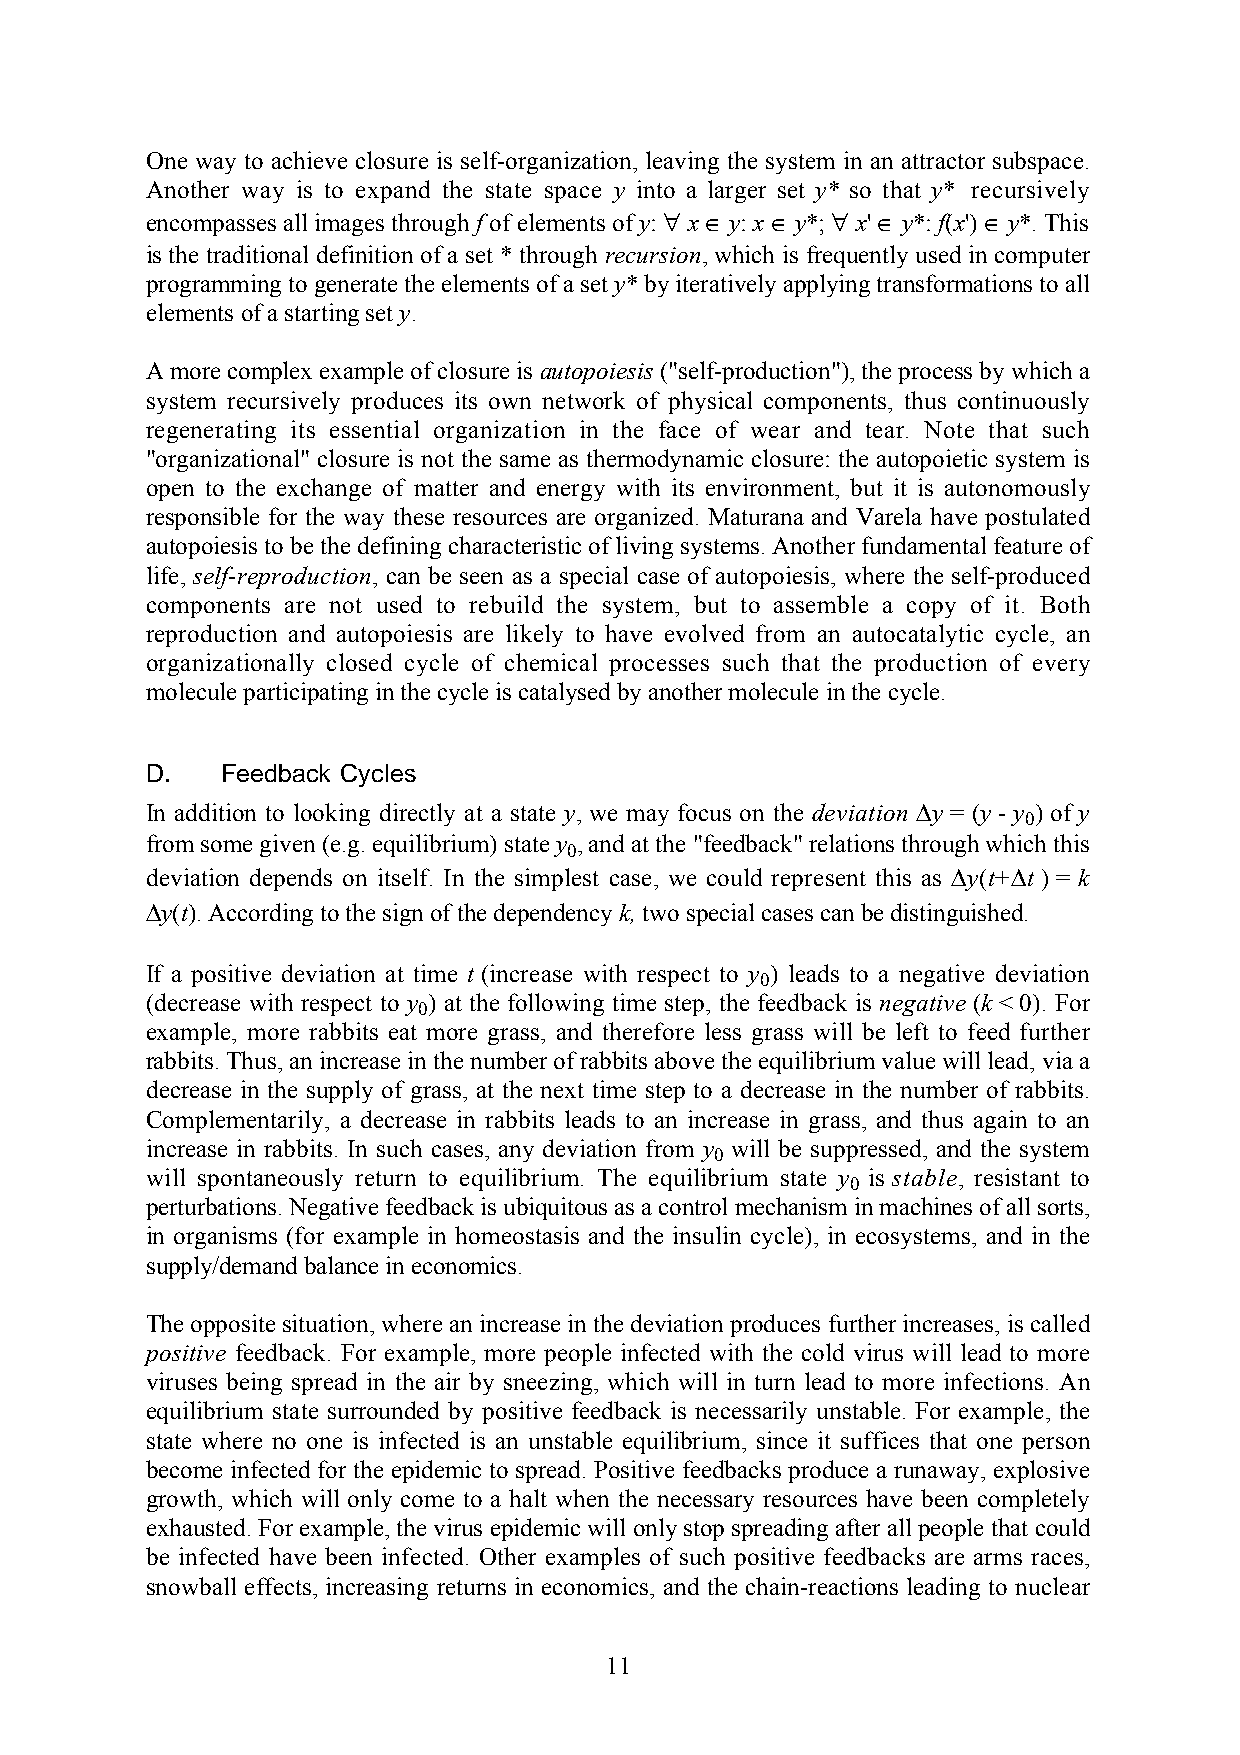
One way to achieve closure is self-organization, leaving the system in an attractor subspace.
 Another way is to expand the state space y into a larger set y* so that y* recursively
 encompasses all images through f of elements of y: ∀ x ∈ y: x ∈ y*; ∀ x' ∈ y*: f(x') ∈ y*. This
 is the traditional definition of a set * through recursion, which is frequently used in computer
 programming to generate the elements of a set y* by iteratively applying transformations to all
 elements of a starting set y.
 A more complex example of closure is autopoiesis ("self-production"), the process by which a
 system recursively produces its own network of physical components, thus continuously
 regenerating its essential organization in the face of wear and tear. Note that such
 "organizational" closure is not the same as thermodynamic closure: the autopoietic system is
 open to the exchange of matter and energy with its environment, but it is autonomously
 responsible for the way these resources are organized. Maturana and Varela have postulated
 autopoiesis to be the defining characteristic of living systems. Another fundamental feature of
 life, self-reproduction, can be seen as a special case of autopoiesis, where the self-produced
 components are not used to rebuild the system, but to assemble a copy of it. Both
 reproduction and autopoiesis are likely to have evolved from an autocatalytic cycle, an
 organizationally closed cycle of chemical processes such that the production of every
 molecule participating in the cycle is catalysed by another molecule in the cycle.
 D.   Feedback Cycles
 In addition to looking directly at a state y, we may focus on the deviation ∆y = (y - y ) of y
 0
 from some given (e.g. equilibrium) state y , and at the "feedback" relations through which this
 0
 deviation depends on itself. In the simplest case, we could represent this as ∆y(t+∆t ) = k
 ∆y(t). According to the sign of the dependency k, two special cases can be distinguished.
 If a positive deviation at time t (increase with respect to y ) leads to a negative deviation
 0
 (decrease with respect to y ) at the following time step, the feedback is negative (k < 0). For
 0
 example, more rabbits eat more grass, and therefore less grass will be left to feed further
 rabbits. Thus, an increase in the number of rabbits above the equilibrium value will lead, via a
 decrease in the supply of grass, at the next time step to a decrease in the number of rabbits.
 Complementarily, a decrease in rabbits leads to an increase in grass, and thus again to an
 increase in rabbits. In such cases, any deviation from y will be suppressed, and the system
 0
 will spontaneously return to equilibrium. The equilibrium state y is stable, resistant to
 0
 perturbations. Negative feedback is ubiquitous as a control mechanism in machines of all sorts,
 in organisms (for example in homeostasis and the insulin cycle), in ecosystems, and in the
 supply/demand balance in economics.
 The opposite situation, where an increase in the deviation produces further increases, is called
 positive feedback. For example, more people infected with the cold virus will lead to more
 viruses being spread in the air by sneezing, which will in turn lead to more infections. An
 equilibrium state surrounded by positive feedback is necessarily unstable. For example, the
 state where no one is infected is an unstable equilibrium, since it suffices that one person
 become infected for the epidemic to spread. Positive feedbacks produce a runaway, explosive
 growth, which will only come to a halt when the necessary resources have been completely
 exhausted. For example, the virus epidemic will only stop spreading after all people that could
 be infected have been infected. Other examples of such positive feedbacks are arms races,
 snowball effects, increasing returns in economics, and the chain-reactions leading to nuclear
 11